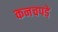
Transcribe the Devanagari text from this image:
कनचपडे़